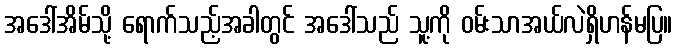
အဒေါ်အိမ်သို့ ရောက်သည့်အခါတွင် အဒေါ်သည် သူ့ကို ဝမ်းသာအယ်လဲရှိဟန်မပြ။